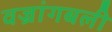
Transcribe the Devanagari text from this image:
वज्रांगबली